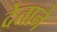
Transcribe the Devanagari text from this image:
देताने